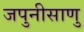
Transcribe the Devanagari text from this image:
जपुनीसाणु